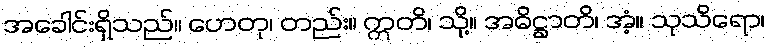
အခေါင်းရှိသည်။ ဟေတု၊ တည်း။ ဣတိ၊ သို့။ အဓိဋ္ဌာတိ၊ အံ့။ သုသိရော၊